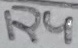
Text: R4